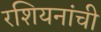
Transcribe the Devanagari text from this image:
रशियनांची